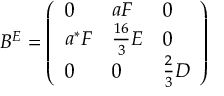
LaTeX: \left[ e ^ { i \bar { x } p ^ { + } y ^ { - } } \, \hat { H } _ { 1 a } ( \bar { x } , x _ { 1 } , x _ { 2 } ) - e ^ { i x p ^ { + } y ^ { - } } \, \hat { H } _ { 1 a } ( x , x _ { 1 } , x _ { 2 } ) \right] _ { k _ { T } = 0 } = 0 \ ,